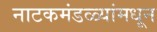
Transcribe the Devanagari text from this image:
नाटकमंडळ्यांमधून